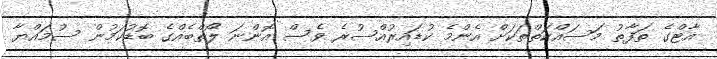
އާޓްގެ ތަފާތު މަސައްކަތްތަކަށް އެންމެ ކުޑައިރުއްސުރެ ވެސް އޮންނަ ލޯތްބެއްގެ ބޮޑުކަމުން ސުމައްޔާ